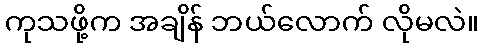
ကုသဖို့က အချိန် ဘယ်လောက် လိုမလဲ။